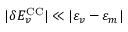
| \delta E _ { v } ^ { \mathrm { C C } } | \ll | \varepsilon _ { v } - \varepsilon _ { m } |